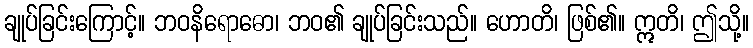
ချုပ်ခြင်းကြောင့်။ ဘဝနိရောဓော၊ ဘဝ၏ ချုပ်ခြင်းသည်။ ဟောတိ၊ ဖြစ်၏။ ဣတိ၊ ဤသို့။